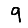
Digit: 9